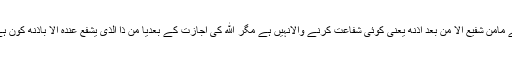
لیکن یہ سب الله کی اجازت اور اذن سے ہے مامن شفیع الا من بعد اذنه یعنی کوئی شفاعت کرنے والانہیں ہے مگر الله کی اجازت کے بعدیا من ذا الذی یشفع عندہ الا باذنه کون ہے جو اس کے اذن کے بغیر شفاعت کرے ۔